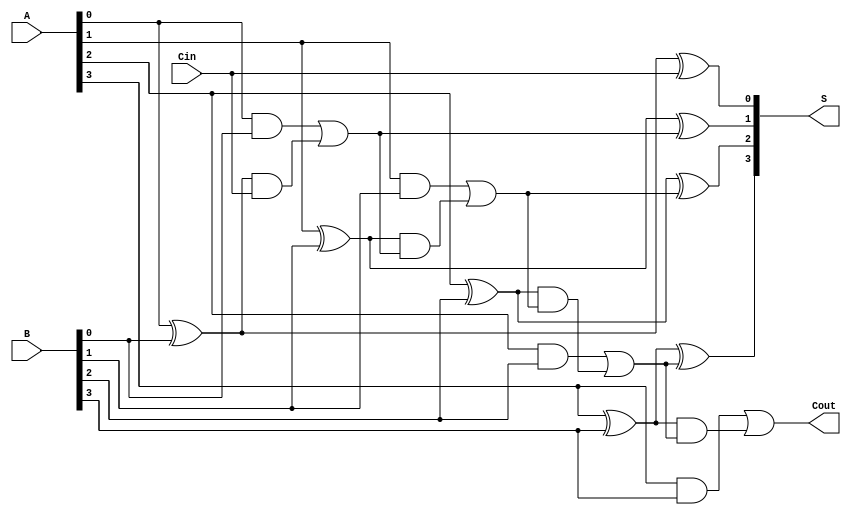
module HanCarlsonAdder #(parameter n = 4) (
    input  wire [n-1:0] A,      // First n-bit input
    input  wire [n-1:0] B,      // Second n-bit input
    input  wire Cin,             // Carry-in
    output wire [n-1:0] S,       // n-bit sum output
    output wire Cout             // Carry-out
);

    wire [n-1:0] G; // Generate signals
    wire [n-1:0] P; // Propagate signals
    wire [n:0] C;   // Carry signals (C[0] is Cin)

    // Generate and Propagate logic
    genvar i;
    generate
        for (i = 0; i < n; i = i + 1) begin : gen_prop
            assign G[i] = A[i] & B[i];  // Generate
            assign P[i] = A[i] ^ B[i];  // Propagate
        end
    endgenerate

    // Carry generation logic
    assign C[0] = Cin; // Initial carry is Cin
    generate
        for (i = 1; i <= n-1; i = i + 1) begin : carry_gen
            assign C[i] = G[i-1] | (P[i-1] & C[i-1]); // Carry generation
        end
    endgenerate

    // Sum generation logic
    generate
        for (i = 0; i < n; i = i + 1) begin : sum_gen
            assign S[i] = P[i] ^ C[i]; // Sum calculation
        end
    endgenerate

    // Final carry-out
    assign Cout = G[n-1] | (P[n-1] & C[n-1]);

endmodule